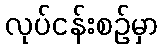
လုပ်ငန်းစဉ်မှာ